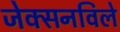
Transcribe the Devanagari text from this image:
जेक्सनविले